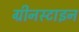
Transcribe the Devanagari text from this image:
ग्रीनस्टाइन